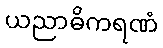
ယညာဓိကရဏံ